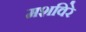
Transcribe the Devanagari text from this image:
मशविरे